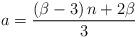
LaTeX: \begin{align*}a=\frac{\left(\beta-3\right)n+2\beta}{3}\end{align*}